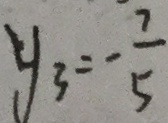
y _ { 3 } = - \frac { 7 } { 5 }